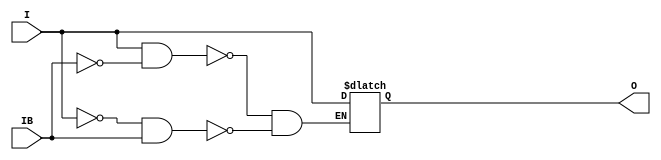
// $Header: /devl/xcs/repo/env/Databases/CAEInterfaces/verunilibs/s/IBUFDS.v,v 1.10 2003/05/06 02:52:34 wloo Exp $

/*

FUNCTION	: INPUT BUFFER

*/

`timescale  100 ps / 10 ps


module IBUFDS (O, I, IB);

    parameter CAPACITANCE = "DONT_CARE";
    parameter DIFF_TERM = "FALSE";
    parameter IOSTANDARD = "LVDS_25";
   
    output O;
    input  I, IB;

    reg o_out;

    buf b_0 (O, o_out);

    always @(I or IB) begin
	if (I == 1'b1 && IB == 1'b0)
	    o_out <= I;
	else if (I == 1'b0 && IB == 1'b1)
	    o_out <= I;
    end

endmodule